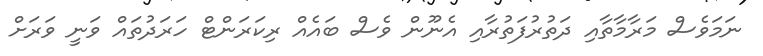
ނަމަވެސް މަރާމާތާއި ދަތުރުފަތުރާއި އެނޫން ވެސް ބައެއް ރިކަރަންޓް ހަރަދުތައް ވަނީ ވަރަށް